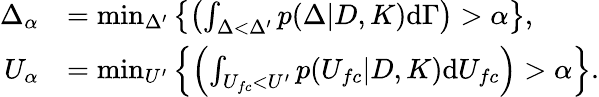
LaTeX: \begin{array}{rl}{\Delta_{\alpha}}&{=\operatorname*{min}_{\Delta^{\prime}}\left\{ \left(\int_{\Delta<\Delta^{\prime}}p(\Delta|D,K)\textup{d}\Gamma\right)>\alpha\right\} ,}\\ {U_{\alpha}}&{=\operatorname*{min}_{U^{\prime}}\left\{ \left(\int_{U_{fc}<U^{\prime}}p(U_{fc}|D,K)\textup{d}U_{fc}\right)>\alpha\right\} .}\end{array}